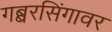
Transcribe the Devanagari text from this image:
गब्बरसिंगावर